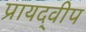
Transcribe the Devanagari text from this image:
प्रायद्‍वीप